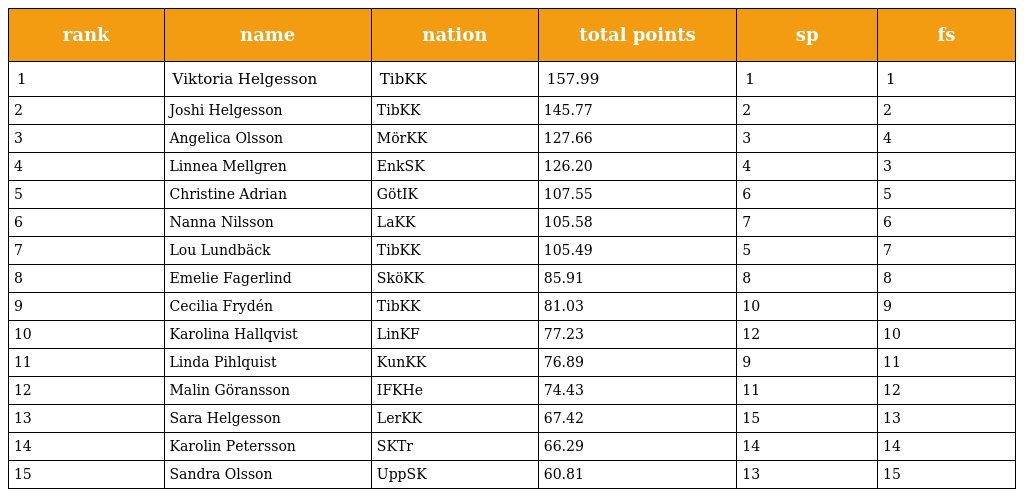
| rank | name | nation | total points | sp | fs |
 | --- | --- | --- | --- | --- | --- |
 | 1 | Viktoria Helgesson | TibKK | 157.99 | 1 | 1 |
 | 2 | Joshi Helgesson | TibKK | 145.77 | 2 | 2 |
 | 3 | Angelica Olsson | MörKK | 127.66 | 3 | 4 |
 | 4 | Linnea Mellgren | EnkSK | 126.20 | 4 | 3 |
 | 5 | Christine Adrian | GötIK | 107.55 | 6 | 5 |
 | 6 | Nanna Nilsson | LaKK | 105.58 | 7 | 6 |
 | 7 | Lou Lundbäck | TibKK | 105.49 | 5 | 7 |
 | 8 | Emelie Fagerlind | SköKK | 85.91 | 8 | 8 |
 | 9 | Cecilia Frydén | TibKK | 81.03 | 10 | 9 |
 | 10 | Karolina Hallqvist | LinKF | 77.23 | 12 | 10 |
 | 11 | Linda Pihlquist | KunKK | 76.89 | 9 | 11 |
 | 12 | Malin Göransson | IFKHe | 74.43 | 11 | 12 |
 | 13 | Sara Helgesson | LerKK | 67.42 | 15 | 13 |
 | 14 | Karolin Petersson | SKTr | 66.29 | 14 | 14 |
 | 15 | Sandra Olsson | UppSK | 60.81 | 13 | 15 |